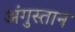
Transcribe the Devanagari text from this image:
अंगुस्तान